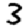
Digit: 3